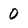
Character: 0